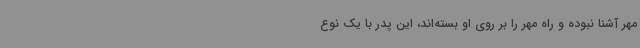
مهر آشنا نبوده و راه مهر را بر روی او بسته‌اند، این پدر با یک نوع